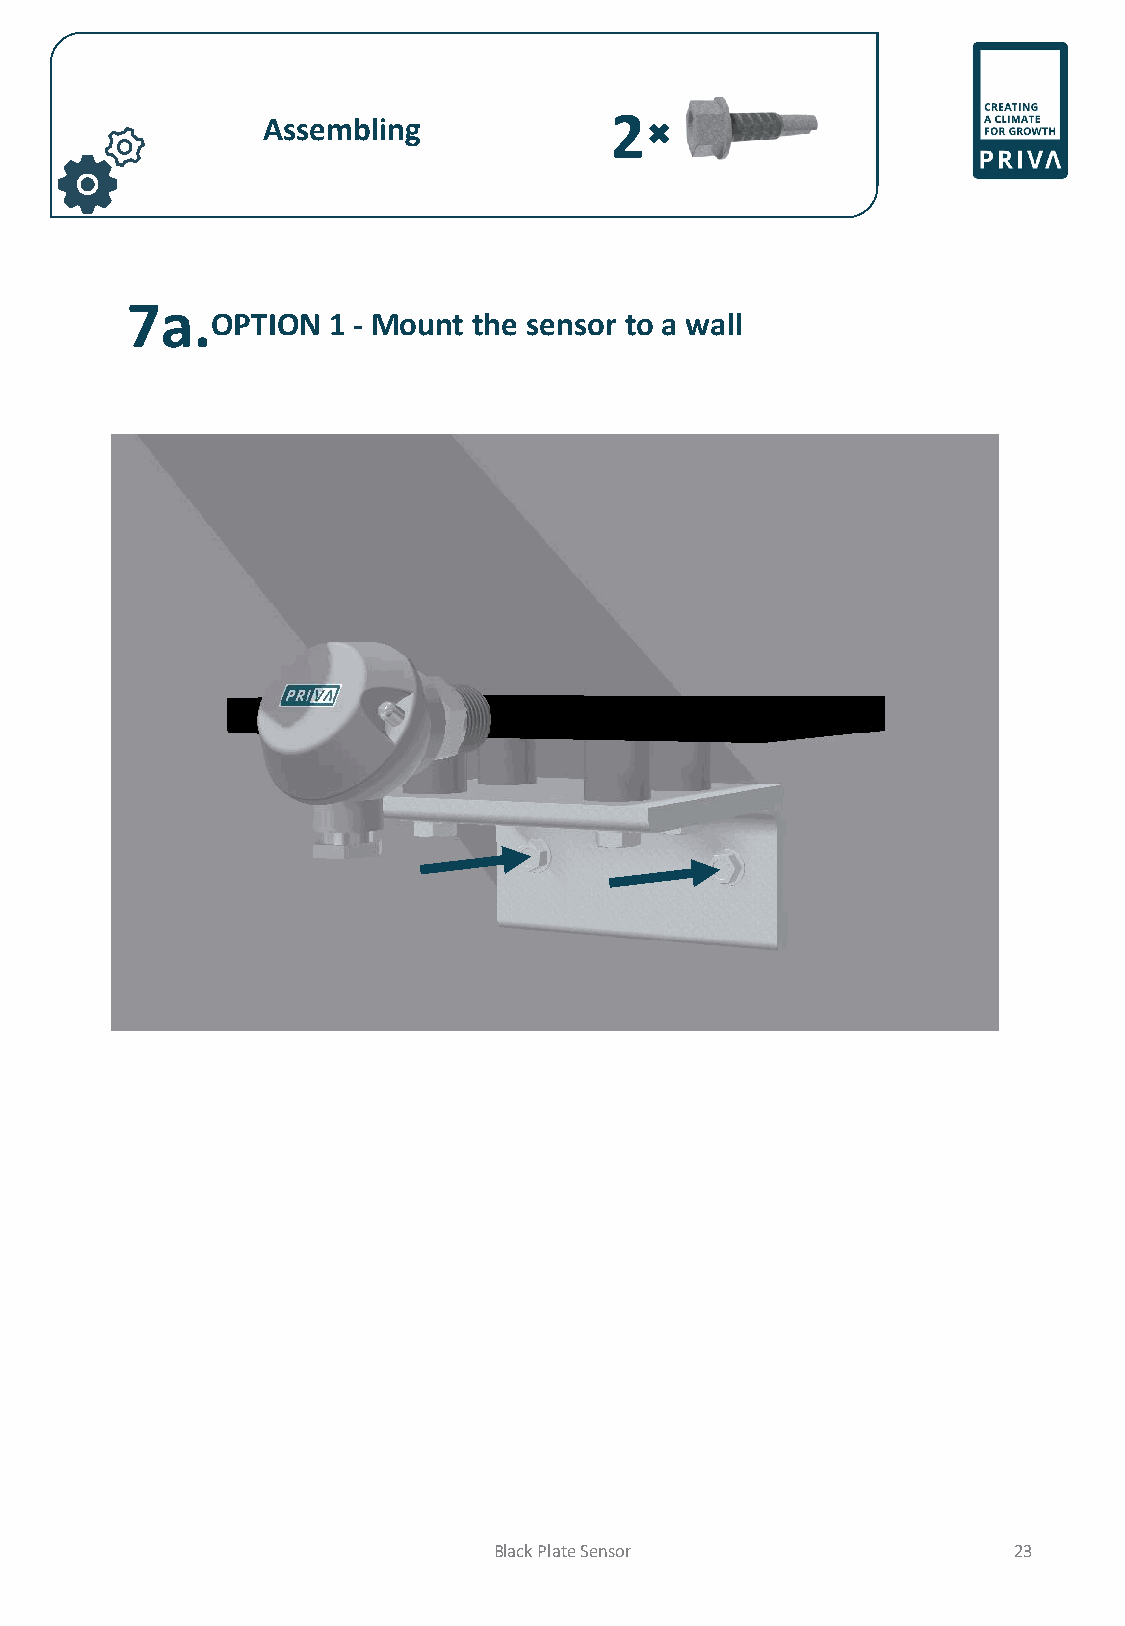
2
 Assembling
 7a.
 OPTION  1 - Mount the sensor to a wall
 Black Plate Sensor                23